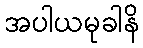
အပါယမုခါနိ